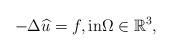
LaTeX: \begin{align*} -\Delta \widehat{u } =f,\mbox{in} \Omega \in \mathbb{R}^3,\end{align*}